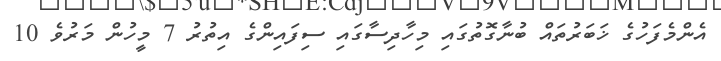
އެންމެފަހުގެ ޚަބަރުތައް ބުނާގޮތުގައި މިހާދިސާގައި ސިފައިންގެ އިތުރު 7 މީހުން މަރުވެ 10